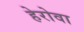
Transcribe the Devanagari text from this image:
हेरोवा